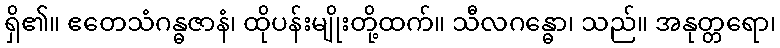
ရှိ၏။ ဧတေသံဂန္ဓဇာနံ၊ ထိုပန်းမျိုးတို့ထက်။ သီလဂန္ဓော၊ သည်။ အနုတ္တရော၊